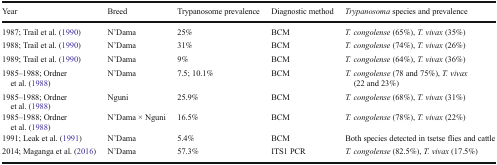
| Year | Breed | Trypanosome prevalence | Diagnostic method | Trypanosoma species and prevalence |
 | --- | --- | --- | --- | --- |
 | 1987; Trail et al. (1990) | N’Dama | 25% | BCM | T. congolense (65%), T. vivax (35%) |
 | 1988; Trail et al. (1990) | N’Dama | 31% | BCM | T. congolense (74%), T. vivax (26%) |
 | 1989; Trail et al. (1990) | N’Dama | 9% | BCM | T. congolense (64%), T. vivax (36%) |
 | 1985–1988; Ordner et al. (1988) | N’Dama | 7.5; 10.1% | BCM | T. congolense (78 and 75%), T. vivax (22 and 23%) |
 | 1985–1988; Ordner et al. (1988) | Nguni | 25.9% | BCM | T. congolense (68%), T. vivax (31%) |
 | 1985–1988; Ordner et al. (1988) | N’Dama × Nguni | 16.5% | BCM | T. congolense (78%), T. vivax (22%) |
 | 1991; Leak et al. (1991) | N’Dama | 5.4% | BCM | Both species detected in tsetse flies and cattle |
 | 2014; Maganga et al. (2016) | N’Dama | 57.3% | ITS1 PCR | T. congolense (82.5%), T. vivax (17.5%) |